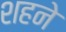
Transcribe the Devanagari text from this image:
शहने